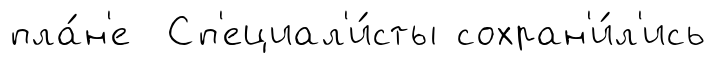
пла́н'е Сп'ециал'и́сты сохран'и́л'ись